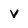
Character: v